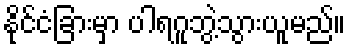
နိုင်ငံခြားမှာ ပါရဂူဘွဲ့သွားယူမည်။